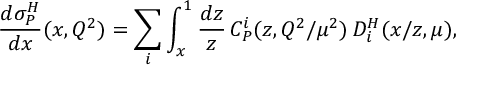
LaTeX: \frac { d \sigma _ { P } ^ { H } } { d x } ( x , Q ^ { 2 } ) = \sum _ { i } \int _ { x } ^ { 1 } \frac { d z } { z } \, C _ { P } ^ { i } ( z , Q ^ { 2 } / \mu ^ { 2 } ) \, D _ { i } ^ { H } ( x / z , \mu ) ,